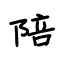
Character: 陪